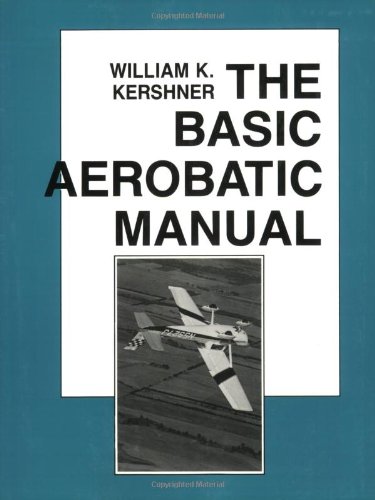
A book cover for Basic Aerobatic Manual-87/Rev-90; William K. Kershner; Sports & Outdoors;